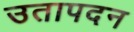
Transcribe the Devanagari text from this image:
उतापदन